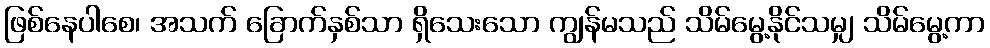
ဖြစ်နေပါစေ၊ အသက် ခြောက်နှစ်သာ ရှိသေးသော ကျွန်မသည် သိမ်မွေ့နိုင်သမျှ သိမ်မွေ့ကာ